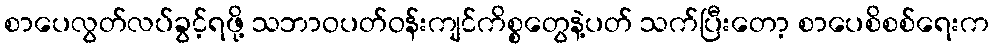
စာပေလွတ်လပ်ခွင့်ရဖို့ သဘာဝပတ်ဝန်းကျင်ကိစ္စတွေနဲ့ပတ် သက်ပြီးတော့ စာပေစိစစ်ရေးက